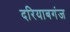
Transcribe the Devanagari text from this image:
दरियाबगंज